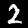
Digit: 2